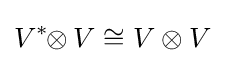
V^{*}\!\!\otimes V\cong V\otimes V